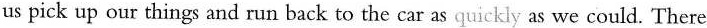
us pick up our things and run back to the car as quickly as we could. There